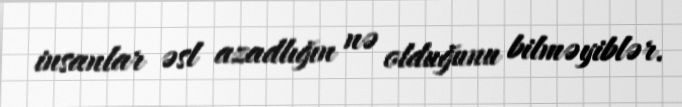
insanlar əsl azadlığın nə olduğunu bilməyiblər.